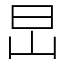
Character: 旵